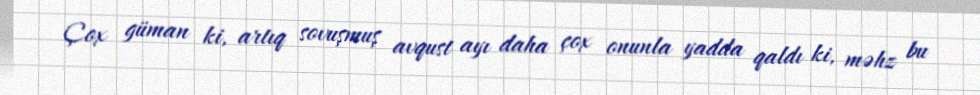
Çox güman ki, artıq sovuşmuş avqust ayı daha çox onunla yadda qaldı ki, məhz bu